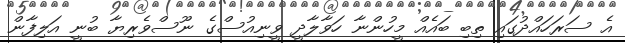
އެ ސަރަހައްދުގައި ތިބި ބައެއް މީހުންނާ ހަވާލާދީ ވީނިއުސްގެ ނޫސްވެރިޔާ ބުނީ އަލިފާން